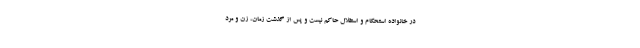
در خانواده استحکام و استقلال حاکم نیست و پس از گذشت زمان، زن و مرد